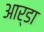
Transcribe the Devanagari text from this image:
आर्डा